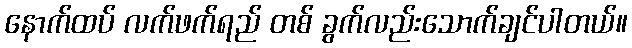
နောက်ထပ် လက်ဖက်ရည် တစ် ခွက်လည်းသောက်ချင်ပါတယ်။